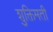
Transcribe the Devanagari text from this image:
शुक्तिमती